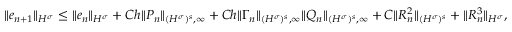
\| e _ { n + 1 } \| _ { { H ^ { \sigma } } } \leq \| e _ { n } \| _ { H ^ { \sigma } } + C h \| P _ { n } \| _ { { ( H ^ { \sigma } ) ^ { s } } , \infty } + C h \| \Gamma _ { n } \| _ { { ( H ^ { \sigma } ) ^ { s } } , \infty } \| Q _ { n } \| _ { { ( H ^ { \sigma } ) ^ { s } } , \infty } + C \| R _ { n } ^ { 2 } \| _ { ( H ^ { \sigma } ) ^ { s } } + \| R _ { n } ^ { 3 } \| _ { H ^ { \sigma } } ,